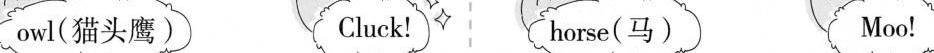
owl(猫头鹰) Cluck! horse(马) Moo!